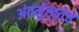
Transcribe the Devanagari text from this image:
अंतर्मुखतेचे